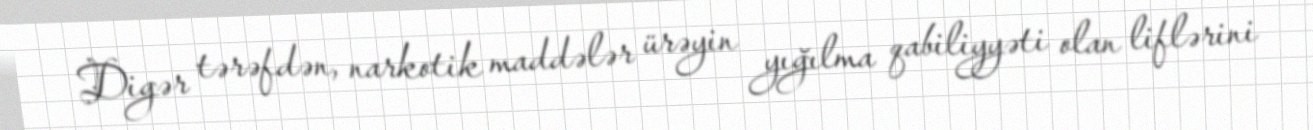
Digər tərəfdən, narkotik maddələr ürəyin yığılma qabiliyyəti olan liflərini